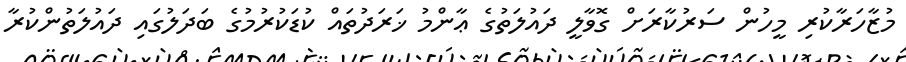
މުޒާހަރާކުރި މީހުން ސަރުކާރަށް ގޮވާލީ ދައުލަތުގެ ޢާންމު ޚަރަދުތައް ކުޑަކުރުމުގެ ބަދަލުގައި ދައުލަތުންކުރާ